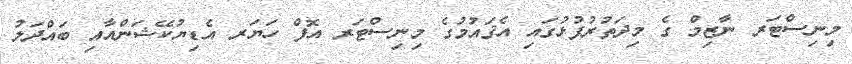
މިނިސްޓަރ ނާޒިމް ގެ މިދަތުރުފުޅުގައި އެޤައުމުގެ މިނިސްޓަރ އޮފް ހަޔަރ އެޑިޔުކޭޝަންއާއި ބައްދަލު